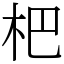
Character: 杷